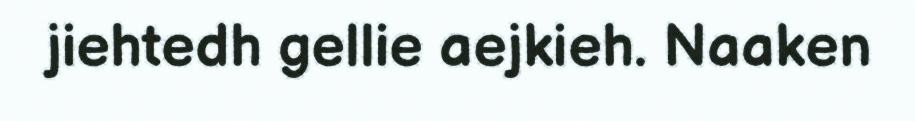
jiehtedh gellie aejkieh. Naaken